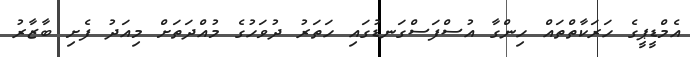
އެމްޑީޕީގެ ހަރަކާތްތައް ހިންގާ އުސްފަސްގަނޑުގައި ހަތަރު ދުވަހުގެ މުއްދަތަށް މިއަދު ފެށި ބާޒާރު